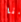
انا